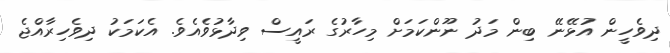
ދިވެހީން އުޅޭނޭ ބިން މަދު ނޫންކަމަށް މިހާރުގެ ރައީސް ވިދާޅުވެއެވެ. އެކަމަކު ދިވެހިރާއްޖެ